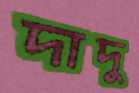
দাদু